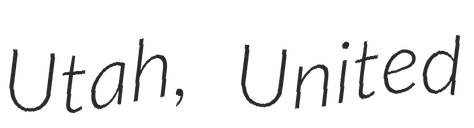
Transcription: Utah, United